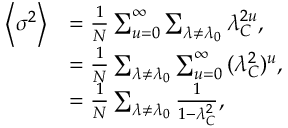
\begin{array} { r l } { \left\langle \sigma ^ { 2 } \right\rangle } & { = \frac { 1 } { N } \sum _ { u = 0 } ^ { \infty } \sum _ { \lambda \neq \lambda _ { 0 } } { \lambda _ { C } ^ { 2 u } } , } \\ & { = \frac { 1 } { N } \sum _ { \lambda \neq \lambda _ { 0 } } \sum _ { u = 0 } ^ { \infty } { ( \lambda _ { C } ^ { 2 } ) ^ { u } } , } \\ & { = \frac { 1 } { N } \sum _ { \lambda \neq \lambda _ { 0 } } \frac { 1 } { 1 - \lambda _ { C } ^ { 2 } } , } \end{array}